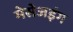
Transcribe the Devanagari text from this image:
मेसेजइंग